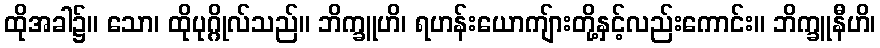
ထိုအခါ၌။ သော၊ ထိုပုဂ္ဂိုလ်သည်။ ဘိက္ခူဟိ၊ ရဟန်းယောကျ်ားတို့နှင့်လည်းကောင်း။ ဘိက္ခူနီဟိ၊